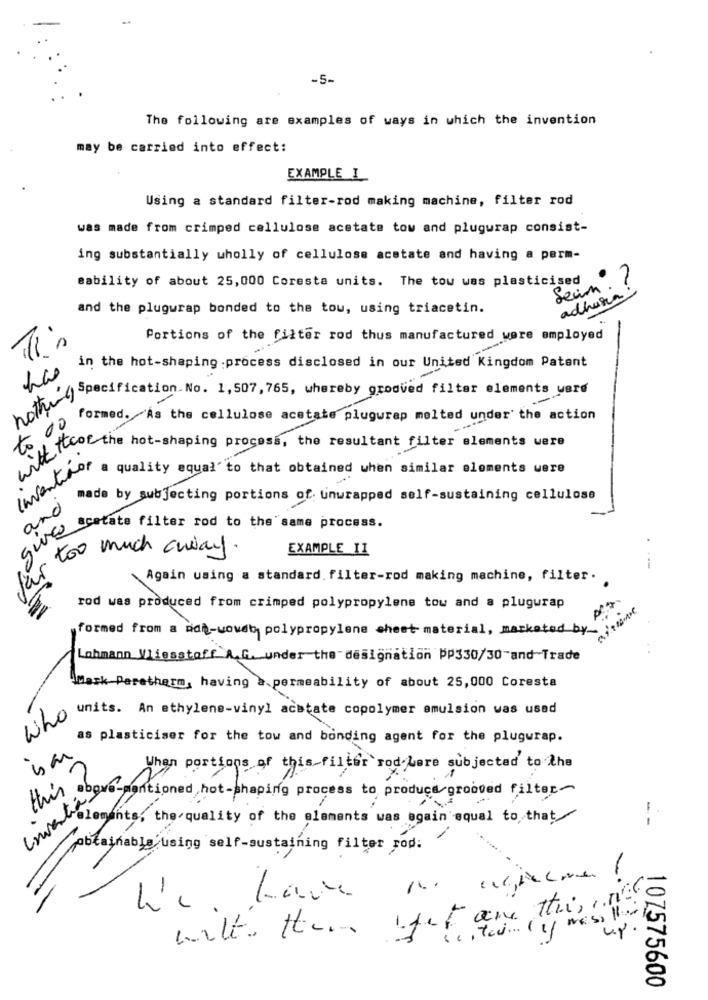
-5-
The following are examples of ways in which the invention
may be carried into effect:
EXAMPLE I
Using a standard filter-rod making machine, filter rod
was made from crimped cellulose acetate tow and plugurap consist-
ing substantially wholly of cellulose acetate and having a perm-
eability of about 25,000 Coresta units. The tou was plasticised
. 7
beim
adhusa
and the plugwrap bonded to the tow, using triacetin.
Portions of the filter rod thus manufactured were employed
in the hot-shaping process disclosed in our United Kingdom Patent
the4 specification. No. 1, 507, 765, whereby grooved filter elements were
formed. As the cellulose acetate plugwrap melted under the action
10 00
uit Terrine not-shaping process, the resultant filter elements were
Inventivos
a quality equal' to that obtained when similar elements were
made by subjecting portions of unwrapped self-sustaining cellulose
and
acetate filter rod to the same process.
too much andany.
EXAMPLE_11
par
.--
Again using a standard. filter-rod making machine, filter.
rod was produced from crimped polypropylene tow and a plugurap
formed from a non-wowaby polypropylene sheet material, marketed by
Lahmann Vliesstoff A.G. under the designation PP330/30-and-Trade
Mark Peretherm, having a. permeability of about 25,000 Coresta
units. An ethylene-vinyl acetate copolymer emulsion was used
Who
as plasticiser for the tow and bonding agent for the plugurap.
When portions of this filter rod-bare subjected to the
this ?
Inventia
above-mentioned hot-shaping process to produce grooved filter-
lements, the quality of the elements was again equal to, that
--
obtainable using self-sustaining filter rod:
... .....
watto them pet ane thinne
107575600